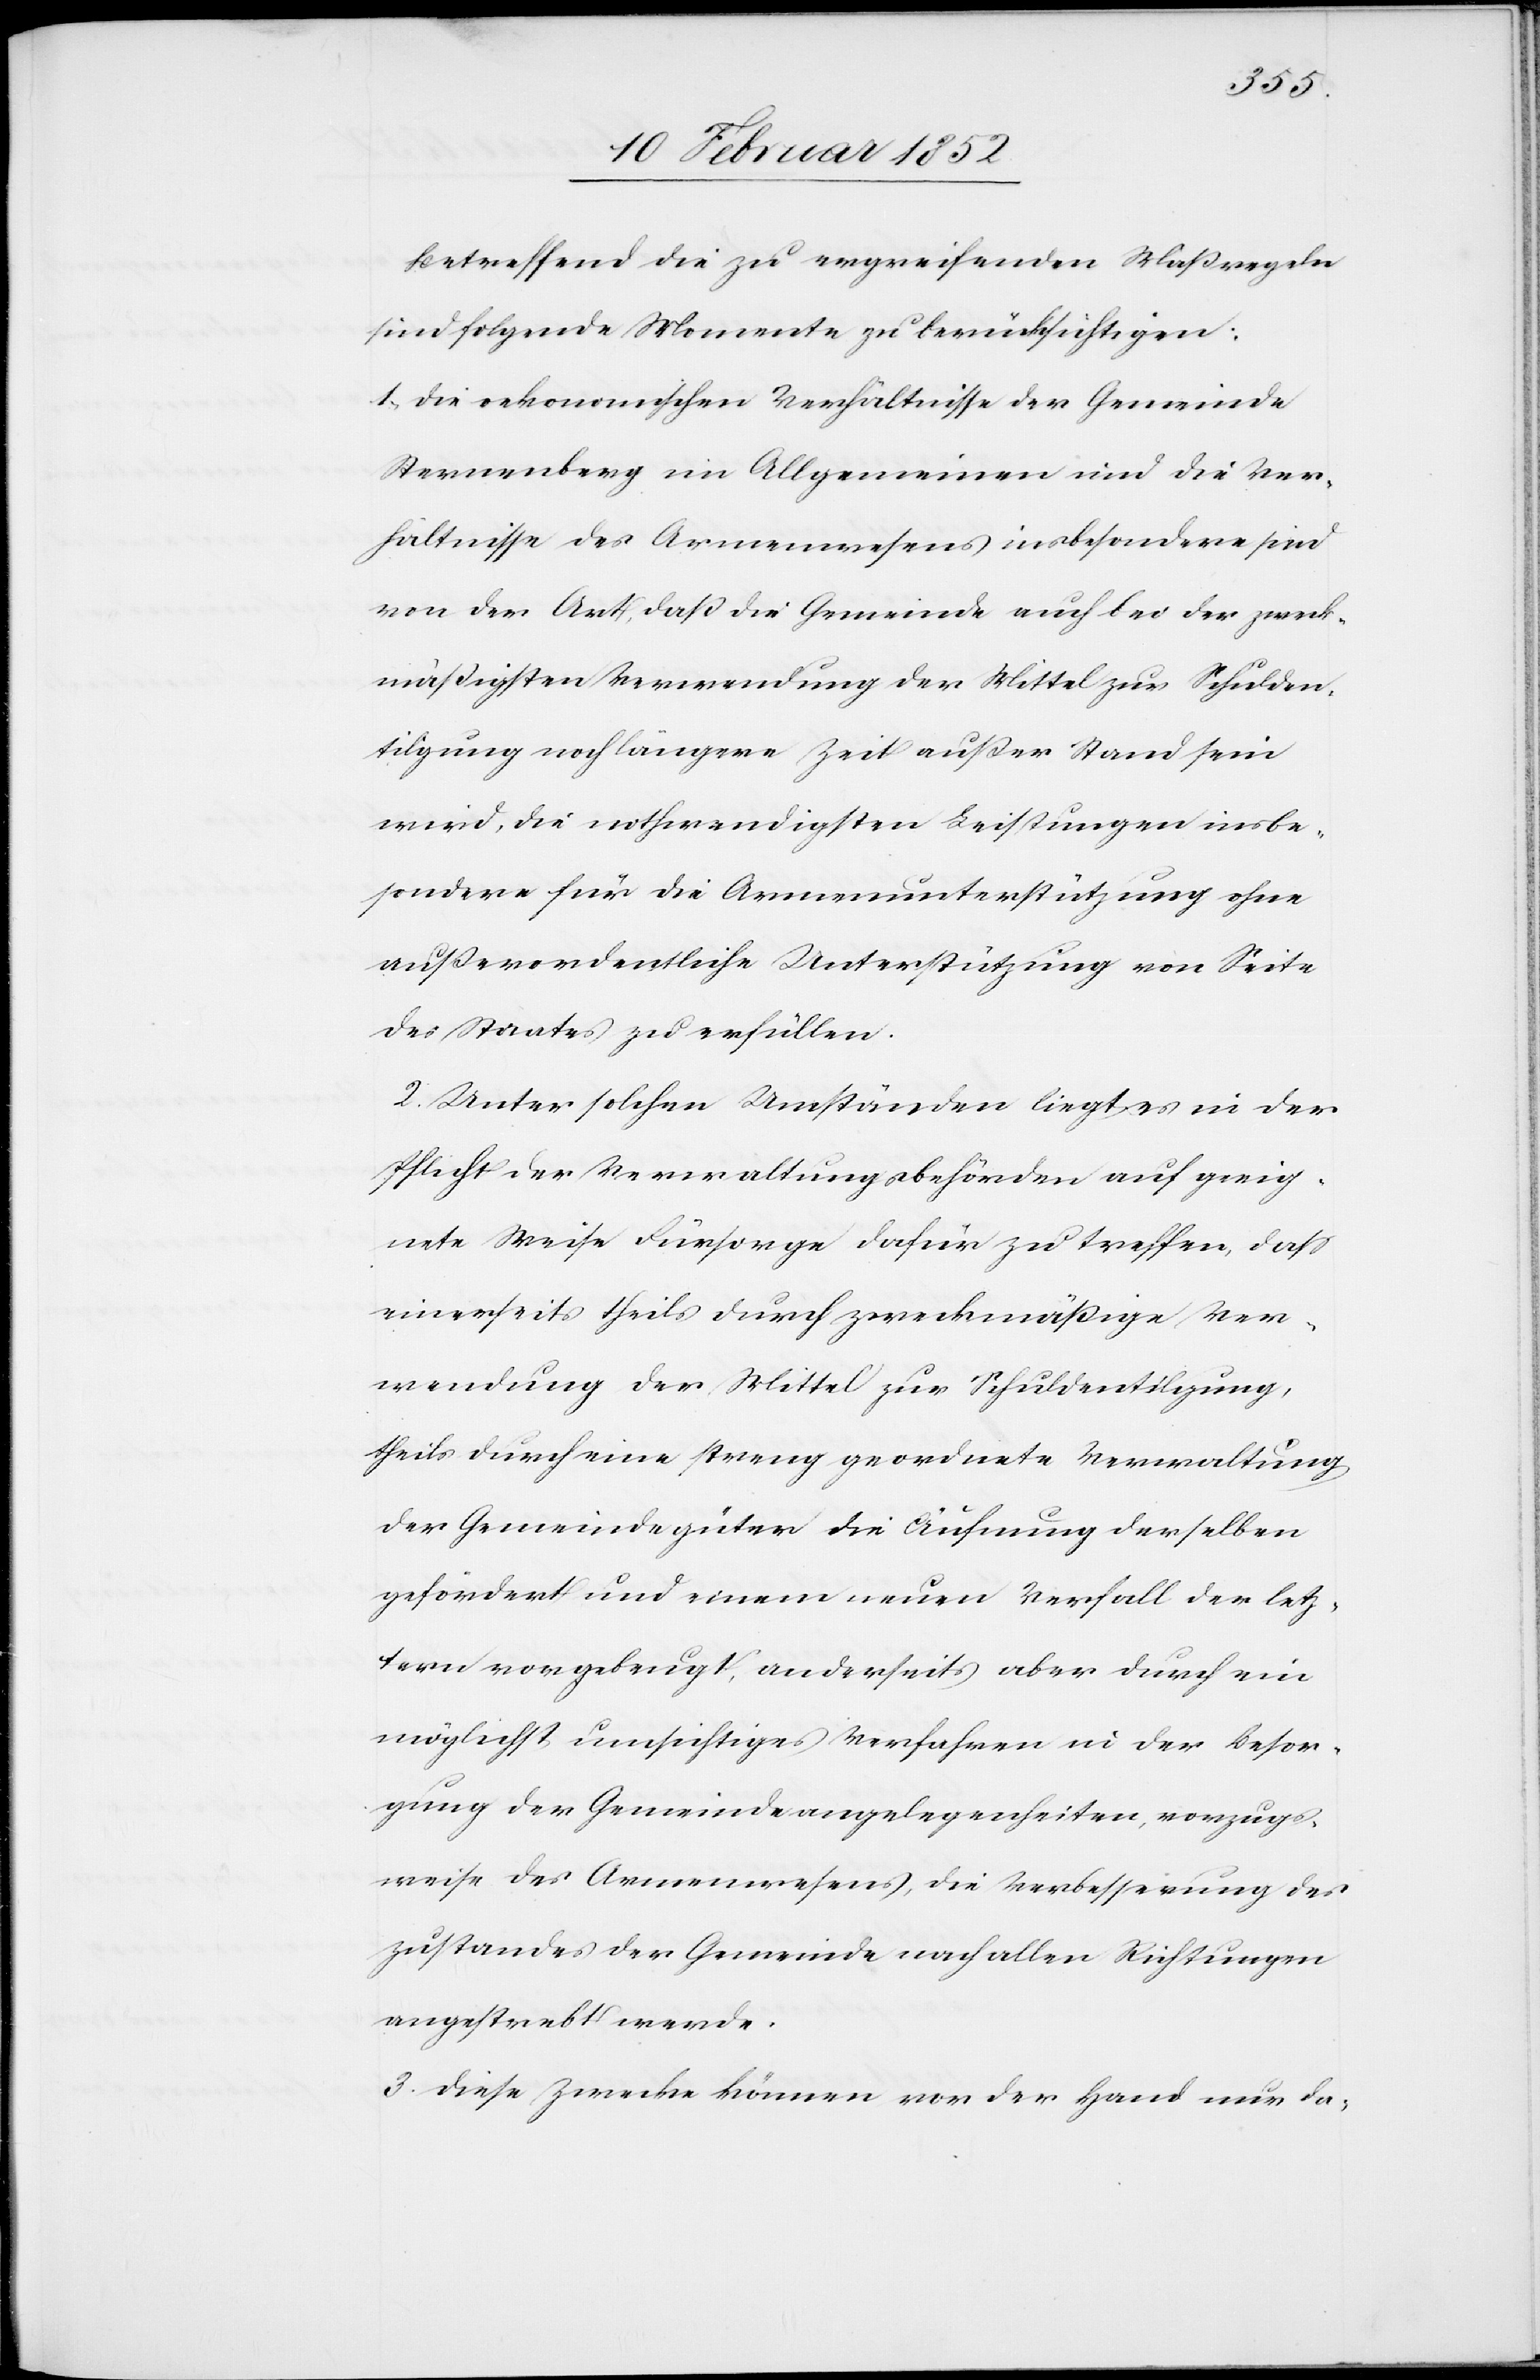
Betreffend die zu ergreifenden Maßregeln
sind folgende Momente zu berücksichtigen:
1.) Die oekonomischen Verhältnisse der Gemeinde
Sternenberg im Allgemeinen und die Ver¬
hältnisse des Armenwesens insbesondere sind
von der Art, daß die Gemeinde auch bei der zweck¬
mäßigsten Verwendung der Mittel zur Schulden¬
tilgung noch längere Zeit außer Stand sein
wird, die nothwendigsten Leistungen insbe¬
sondere für die Armenunterstützung ohne
außerordentliche Unterstützung von Seite
des Staates zu erfüllen.
2. Unter solchen Umständen liegt es in der
Pflicht der Verwaltungsbehörden auf geeig¬
nete Weise Fürsorge dafür zu treffen, daß
einerseits theils durch zweckmäßige Ver¬
wendung der Mittel zur Schuldentilgung,
theils durch eine streng geordnete Verwaltung
der Gemeindegüter die Äufnung derselben
gefördert und einem neuen Verfall der letz¬
tern vorgebeugt, anderseits aber durch ein
möglichst umsichtiges Verfahren in der Besor¬
gung der Gemeindeangelegenheiten, vorzugs¬
weise des Armenwesens, die Verbesserung des
Zustandes der Gemeinde nach allen Richtungen
angestrebt werde.
3. Diese Zwecke können von der Hand nur da-